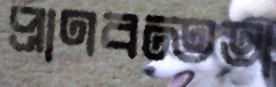
প্রাণবন্ততা